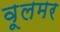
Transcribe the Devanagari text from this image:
वूलमर